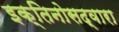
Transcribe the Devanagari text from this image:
इक्तिनोसद्वारा